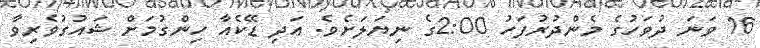
16 ވަނަ ދުވަހުގެ މެންދުރުފަހު 2:00ގެ ނިޔަލަށެވެ. އަދި ޑޭކެއާ ހިންގުމަށް ޝައުގުވެރިވާ